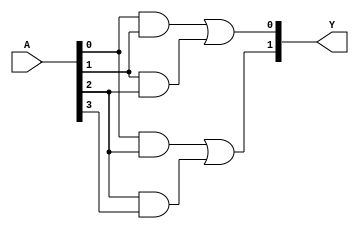
module FusedPAL (
    input wire [N-1:0] A, // N inputs
    output wire [M-1:0] Y // M outputs
);

parameter N = 4; // Number of inputs (can be adjusted)
parameter M = 2; // Number of outputs (can be adjusted)

// Define the number of programmable AND gates
parameter NUM_AND_GATES = 4;

// Intermediate wires for AND gate outputs
wire [NUM_AND_GATES-1:0] and_out;

// Programmable AND gates
generate
    genvar i;
    for (i = 0; i < NUM_AND_GATES; i = i + 1) begin : AND_GATE
        // Example configuration: Customize the input connections for each AND gate
        // Here, we can use a simple example of connections; in practice, this would be programmable
        assign and_out[i] = (i == 0) ? (A[0] & A[1]) :
                            (i == 1) ? (A[1] & A[2]) :
                            (i == 2) ? (A[0] & A[2]) :
                            (i == 3) ? (A[2] & A[3]) : 1'b0;
    end
endgenerate

// Fixed OR array
assign Y[0] = and_out[0] | and_out[1]; // Output Y1
assign Y[1] = and_out[2] | and_out[3]; // Output Y2

endmodule